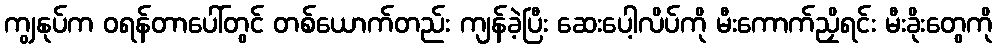
ကျွနုပ်က ဝရန်တာပေါ်တွင် တစ်ယောက်တည်း ကျန်ခဲ့ပြီး ဆေးပေါ့လိပ်ကို မီးကောက်ညှိရင်း မီးခိုးတွေကို